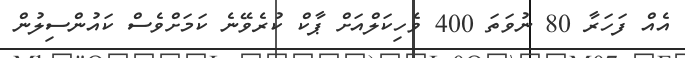
އެއް ފަހަރާ 80 ނުވަތަ 400 ވެހިކަލްއަށް ޕާކް ކުރެވޭނެ ކަމަށްވެސް ކައުންސިލުން